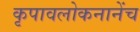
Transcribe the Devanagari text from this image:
कृपावलोकनानेंच